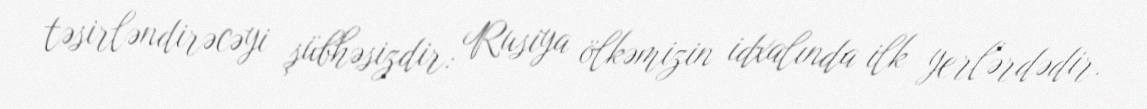
təsirləndirəcəyi şübhəsizdir: Rusiya ölkəmizin idxalında ilk yerlərdədir.